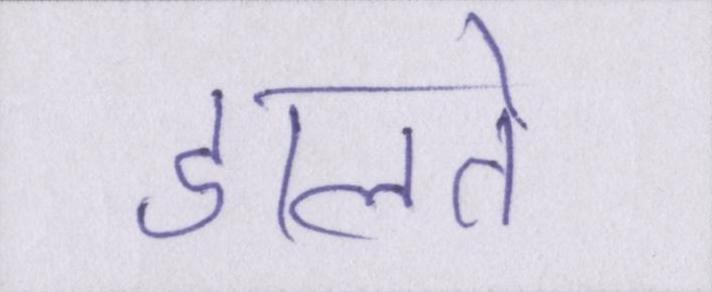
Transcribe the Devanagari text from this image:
डालते